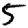
Digit: 5